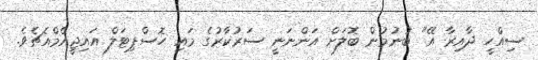
ސިއްހީ ދާއިރާ އޭ" ބުނުމުން ބޮލަށް އަންނަނީ ސަރުކާރުގެ މައި ހޮސްޕިޓަލް އައިޖީއެމްއެޗެވެ.